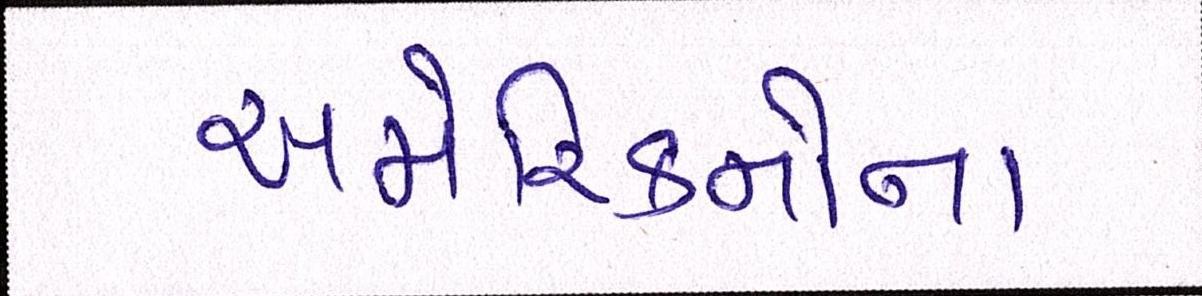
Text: અમેરિકનોના